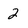
Character: 2